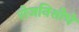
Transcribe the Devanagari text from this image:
रोजनिशीचे